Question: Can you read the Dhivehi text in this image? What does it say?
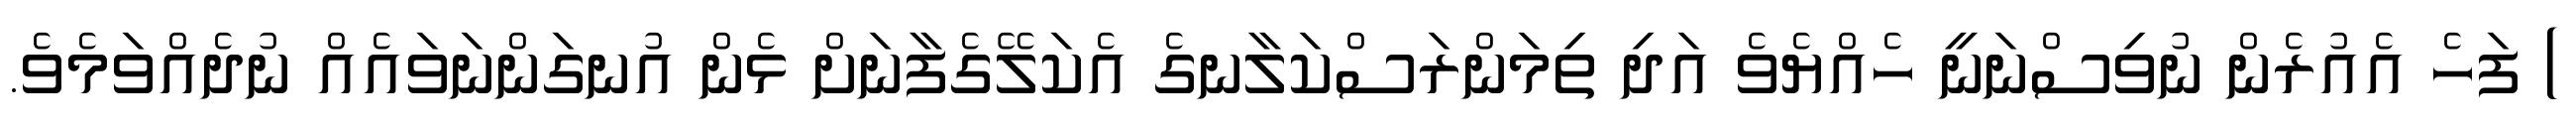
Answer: ) ފަހެ އެއުރެން ނުވިސްނަނީ ހެއްޔެވެ އަދި ތިމަންރަސްކަލާނގެ އެކަލޭގެފާނަށް ޅެން އުނގަންނަވައެއް ނުދެއްވަމެވެ.